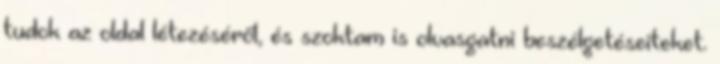
tudok az oldal létezéséről, és szoktam is olvasgatni beszélgetéseiteket.